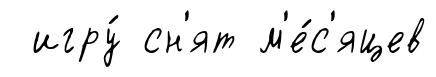
игру́ сн'ят м'е́с'яцев